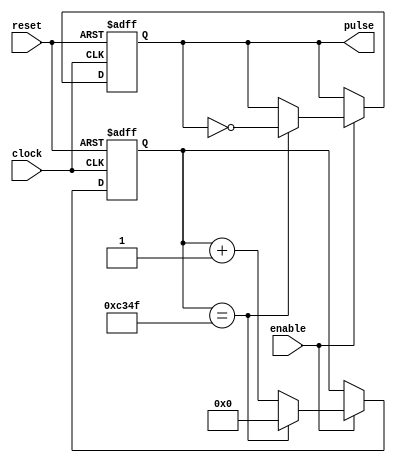
module pulse_generator(
    input clock,
    input reset,
    input enable,
    output reg pulse
);

reg [15:0] count;

always @(posedge clock or posedge reset) begin
    if (reset) begin
        count <= 16'd0;
        pulse <= 1'b0;
    end else begin
        if (enable) begin
            if (count == 16'd49999) begin
                count <= 16'd0;
                pulse <= ~pulse;
            end else begin
                count <= count + 1;
            end
        end
    end
end

endmodule